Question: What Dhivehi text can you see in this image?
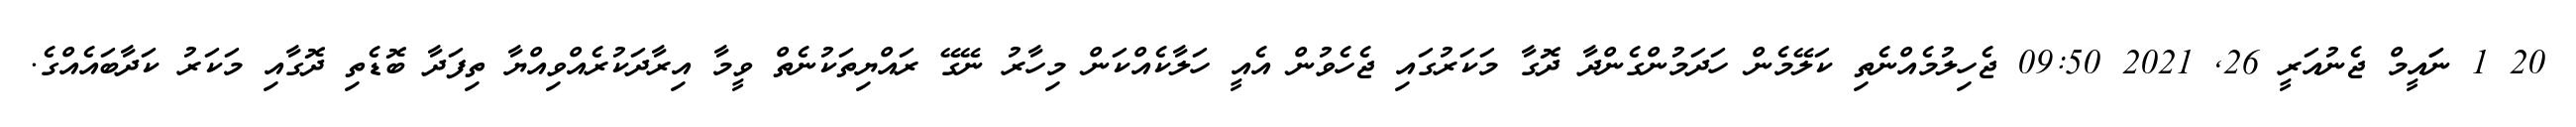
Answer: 20 1 ނަައީމް ޖެނުއަރީ 26, 2021 09:50 ޖެހިލުމެއްނެތި ކަލޭމެން ހަދަމުންގެންދާ ދޮގާ މަކަރުގައި ޖެހެވުން އެއީ ހަލާކެއްކަން މިހާރު ނޭގޭ ރައްޔިތަކުނެތް ވީމާ އިރާދަކުރެއްވިއްޔާ ތިފަދާ ބޮޑެތި ދޮގާއި މަކަރު ކަދާބައެއްގެ.